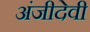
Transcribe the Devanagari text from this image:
अंजीदेवी